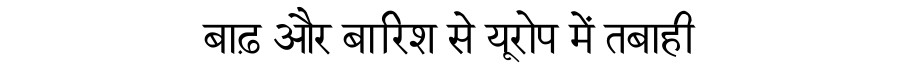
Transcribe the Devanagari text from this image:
बाढ़ और बारिश से यूरोप में तबाही